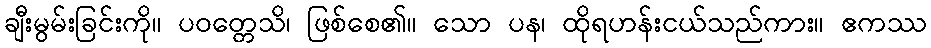
ချီးမွမ်းခြင်းကို။ ပဝတ္တေသိ၊ ဖြစ်စေ၏။ သော ပန၊ ထိုရဟန်းငယ်သည်ကား။ ဧကဿ